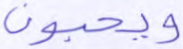
ويحبون